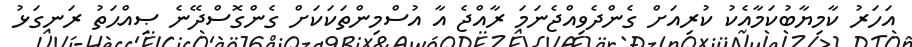
އަހަރު ކާމިޔާބުކަމާއެކު ކުރިއަށް ގެންދެވިއްޖެނަމަ ރާއްޖެ އާ އުސްމިންތަކަކަށް ގެންގޮސްދޭނެ ޞިއްޙަތު ރަނގަޅު